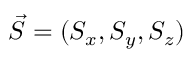
\vec { S } = ( S _ { x } , S _ { y } , S _ { z } )